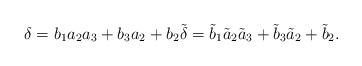
LaTeX: \begin{align*}\delta = b_1a_2a_3+b_3a_2+b_2 \tilde{\delta}=\tilde{b}_1\tilde{a}_2\tilde{a}_3+\tilde{b}_3\tilde{a}_2+\tilde{b}_2.\end{align*}